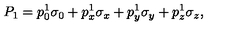
P _ { 1 } = p _ { 0 } ^ { 1 } \sigma _ { 0 } + p _ { x } ^ { 1 } \sigma _ { x } + p _ { y } ^ { 1 } \sigma _ { y } + p _ { z } ^ { 1 } \sigma _ { z } ,